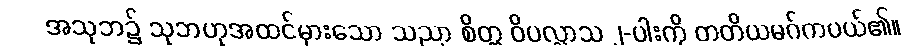
အသုဘ၌ သုဘဟုအထင်မှားသော သညာ စိတ္တ ဝိပလ္လာသ ၂-ပါးကို တတိယမဂ်ကပယ်၏။